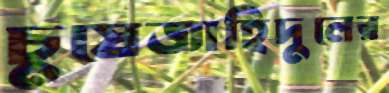
চুষেজাহিদুলের